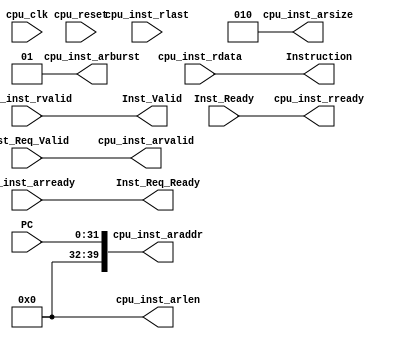
/* =========================================
* AXI wrapper for custom CPU in the FPGA
* evaluation platform
*
* Version: v0.0.1
*===========================================
*/

`timescale 10 ns / 1 ns

module inst_if_wrapper (
	input           cpu_clk,
	input           cpu_reset,

	//Instruction request channel
	input  [31:0]   PC,
	input           Inst_Req_Valid,
	output          Inst_Req_Ready,

	//Instruction response channel
	output [31:0]   Instruction,
	output          Inst_Valid,
	input           Inst_Ready,

	//AXI AR Channel for instruction
	output [39:0]	cpu_inst_araddr,
	input		cpu_inst_arready,
	output		cpu_inst_arvalid,
	output [ 2:0]	cpu_inst_arsize,
	output [ 1:0]	cpu_inst_arburst,
	output [ 7:0]	cpu_inst_arlen,

	//AXI R Channel for instruction
	input  [31:0]	cpu_inst_rdata,
	output		cpu_inst_rready,
	input		cpu_inst_rvalid,
	input		cpu_inst_rlast
);


/* CPU Inst AR channel */
assign cpu_inst_arsize  = 3'b010;
assign cpu_inst_arburst = 2'b01;
assign cpu_inst_arlen   = 8'd0;

assign cpu_inst_araddr   = {8'd0, PC};
assign cpu_inst_arvalid  = Inst_Req_Valid;
assign Inst_Req_Ready    = cpu_inst_arready;

assign Instruction  = cpu_inst_rdata;
assign Inst_Valid   = cpu_inst_rvalid;
assign cpu_inst_rready = Inst_Ready;	

endmodule